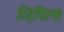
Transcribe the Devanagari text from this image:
व्हिपिल्स